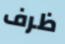
ظرف